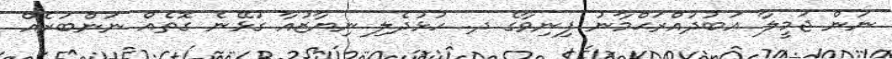
ނަން ޖަމީލާ ޢަބުދުއްރަޙްމާނު ފިނިވާގެ ދ. ހުޅުދެލި ނިޔާޒުއާ ގުޅޭނެ ގޮތެއް ނަންބަރެއް